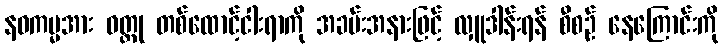
နဝကမ္မအား ဝတ္ထု တစ်ထောင့်ငါးရာကို အခမ်းအနားဖြင့် လှူဒါန်းရန် စီစဉ် နေကြောင်းကို